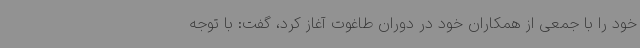
خود را با جمعی از همکاران خود در دوران طاغوت آغاز کرد، گفت: با توجه